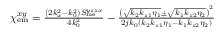
\begin{array} { r } { \chi _ { \mathrm { e m } } ^ { x y } = \frac { \left( 2 k _ { x } ^ { 2 } - k _ { 0 } ^ { 2 } \right) S _ { \mathrm { m e } } ^ { y z z x } } { 4 k _ { 0 } ^ { 2 } } - \frac { \left( \sqrt { k _ { 2 } k _ { z 1 } \eta _ { 1 } } \pm \sqrt { k _ { 1 } k _ { z 2 } \eta _ { 2 } } \right) ^ { 2 } } { 2 j k _ { 0 } \left( k _ { 2 } k _ { z 1 } \eta _ { 1 } - k _ { 1 } k _ { z 2 } \eta _ { 2 } \right) } } \end{array}